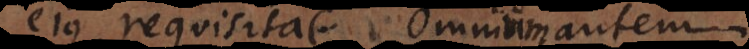
ejus requisita. Omnium